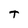
Character: T